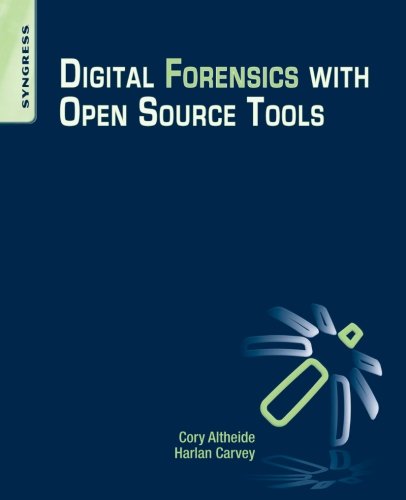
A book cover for Digital Forensics with Open Source Tools; Cory Altheide; Law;